Report of the King Institute of Preventive Medicine, Guindy
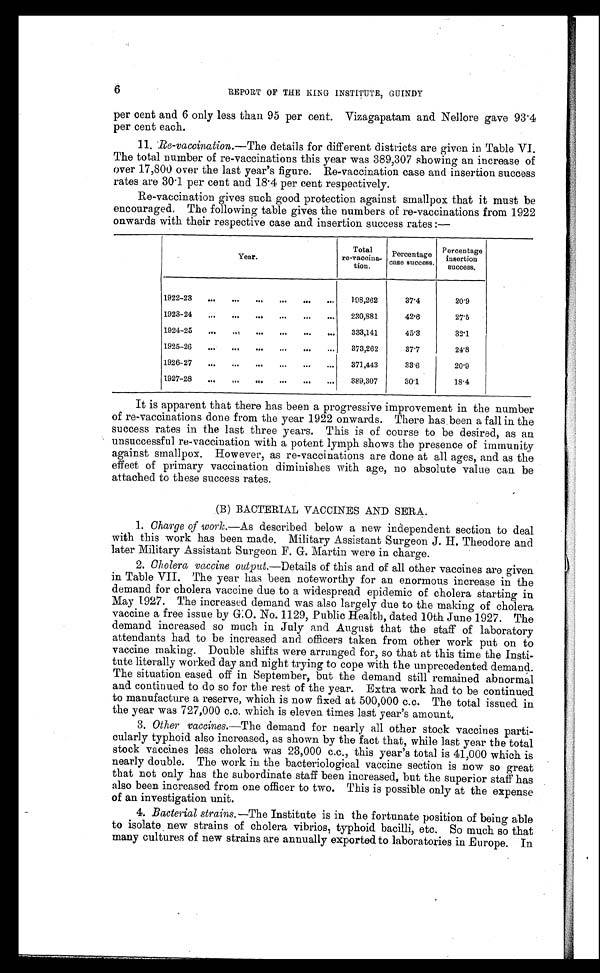
per cent and 6 only less than 95 per cent. Vizagapatam and Nellore gave 93.4
per cent each.
11. Re-vaccination.— The details for different districts are given in Table VI.
The total number of re-vaccinations this year was 389,307 showing an increase of
over 17,800 over the last year’s figure. Re-vaccination case and insertion success
rates are 30.1 per cent and 18.4 per cent respectively.
Re-vaccination gives such good protection against smallpox that it must be
encouraged. The following table gives the numbers of re-vaccinations from 1922
onwards with their respective case and insertion success rates :—
Year.
Total
re-vaccina-
tion.
Percentage
case success.
Percentage
insertion
success.
1922-23
...
...
...
...
...
...
198,262
37.4
20.9
1923-24
...
...
...
...
...
...
230,881
42.6
27.5
1924-25
...
...
...
...
...
...
333, 141
45.3
32.1
1925-26
...
...
...
...
...
...
373,262
37.7
24.8
1926-27
...
...
...
...
...
...
371,443
33.6
20.9
1927-28
...
...
...
...
...
...
389,307
30.1
18.4
It is apparent that there has been a progressive improvement in the number
of re-vaccinations done from the year 1922 onwards. There has been a fall in the
success rates in the last three years. This is of course to be desired, as an
unsuccessful re-vaccination with a potent lymph shows the presence of immunity
against smallpox. However, as re-vaccinations are done at all ages, and as the
effect of primary vaccination diminishes with age, no absolute value can be
attached to these success rates.
(B) BACTERIAL VACCINES AND SERA.
1. Charge of work.—As described below a new independent section to deal
with this work has been made. Military Assistant Surgeon J. H. Theodore and
later Military Assistant Surgeon F. G. Martin were in charge.
2. Cholera vaccine output .—Details of this and of all other vaccines are given
in Table VII. The year has been noteworthy for an enormous increase in the
demand for cholera vaccine due to a widespread epidemic of cholera starting in
May 1927. The increased demand was also largely due to the making of cholera
vaccine a free issue by G.0. No. 1129, Public Health, dated 10th June 1927. The
demand increased so much in July and August that the staff of laboratory
attendants had to be increased and officers taken from other work put on to
vaccine making. Double shifts were arranged for, so that at this time the Insti-
tute literally worked day and night trying to cope with the unprecedented demand.
The situation eased off in September, but the demand still remained abnormal
and continued to do so for the rest of the year. Extra work had to be continued
to manufacture a reserve, which is now fixed at 500,000 c.c. The total issued in
the year was 727,000 c.c. which is eleven times last year’s amount.
3. Other vaccines.—The demand for nearly all other stock vaccines parti-
cularly typhoid also increased, as shown by the fact that, while last year the total
stock vaccines less cholera was 23,000 c.c., this year’s total is 41,000 which is
nearly double. The work in the bacteriological vaccine section is now so great
that not only has the subordinate staff been increased, but the superior staff has
also been increased from one officer to two. This is possible only at the expense
of an investigation unit.
4. Bacterial strains.—The Institute is in the fortunate position of being able
to isolate new strains of cholera vibrios, typhoid bacilli, etc. So much so that
many cultures of new strains are annually exported to laboratories in Europe. In